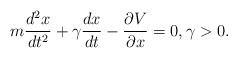
LaTeX: \begin{align*}m\frac{d^2x}{dt^2}+\gamma\frac{dx}{dt} -\frac{\partial V}{\partial x}=0, \gamma>0.\end{align*}